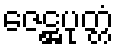
ဇေဋ္ဌပုတ္တံ